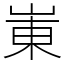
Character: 崬